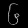
Digit: ၆